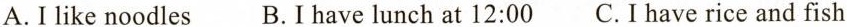
A.I like noodles B.I have lunch at 12:00 C.I have rice and fish